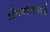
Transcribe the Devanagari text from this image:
योगमहासंघाचे